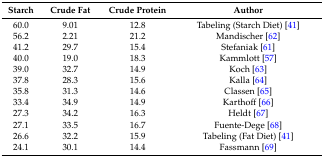
| Starch | Crude Fat | Crude Protein | Author |
 | --- | --- | --- | --- |
 | 60.0 | 9.01 | 12.8 | Tabeling (Starch Diet) [41] |
 | 56.2 | 2.21 | 21.2 | Mandischer [62] |
 | 41.2 | 29.7 | 15.4 | Stefaniak [61] |
 | 40.0 | 19.0 | 18.3 | Kammlott [57] |
 | 39.0 | 32.7 | 14.9 | Koch [63] |
 | 37.8 | 28.3 | 15.6 | Kalla [64] |
 | 35.8 | 31.3 | 14.6 | Classen [65] |
 | 33.4 | 34.9 | 14.9 | Karthoff [66] |
 | 27.3 | 34.2 | 16.3 | Heldt [67] |
 | 27.1 | 33.5 | 16.7 | Fuente-Dege [68] |
 | 26.6 | 32.2 | 15.9 | Tabeling (Fat Diet) [41] |
 | 24.1 | 30.1 | 14.4 | Fassmann [69] |